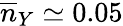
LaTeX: \overline{{n}}_{Y}\simeq 0.05